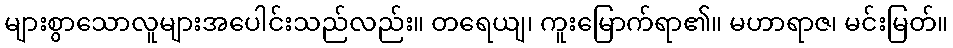
များစွာသောလူများအပေါင်းသည်လည်း။ တရေယျ၊ ကူးမြောက်ရာ၏။ မဟာရာဇ၊ မင်းမြတ်။